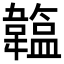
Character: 𩏛